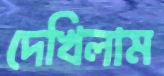
দেখিলাম